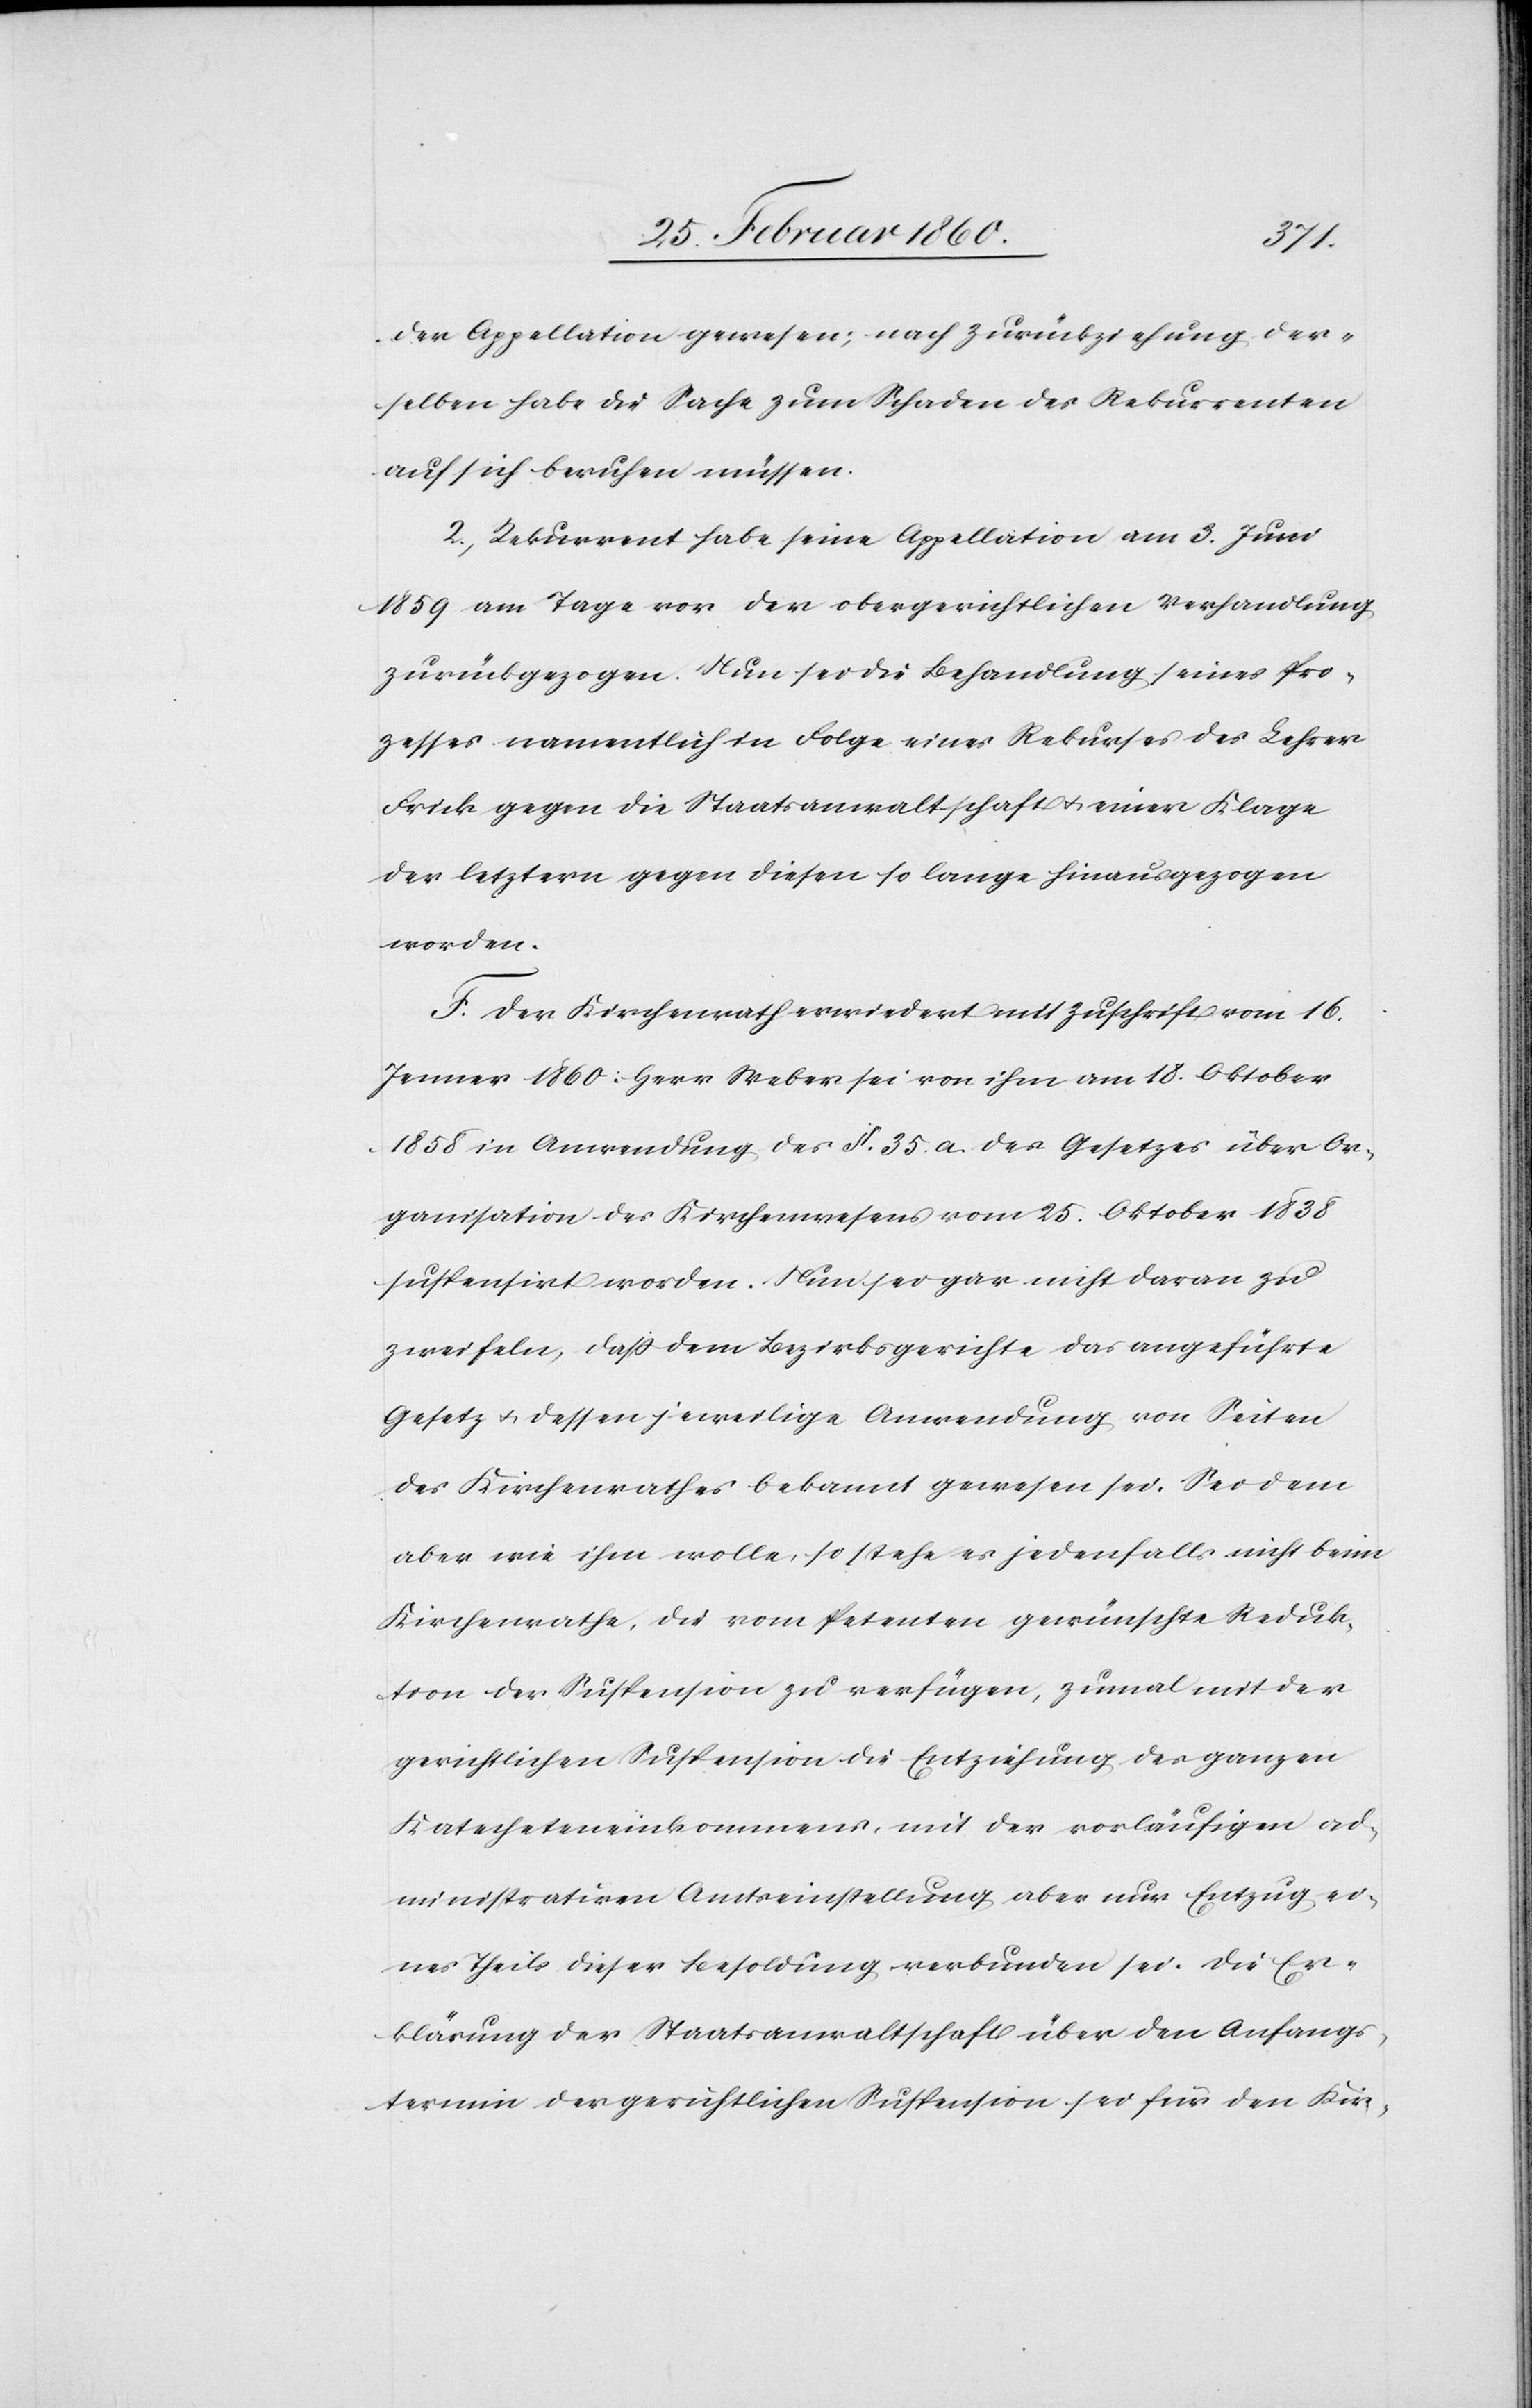
der Appellation gewesen; nach Zurückziehung der¬
selben habe die Sache zum Schaden der Rekurrenten
auf sich beruhen müssen.
2. Rekurrent habe seine Appellation am 3. Juni
1859 am Tage vor der obergerichtlichen Verhandlung
zurückgezogen. Nun sei die Behandlung seines Pro¬
zesses namentlich in Folge eines Rekurses des Lehrer
Frick gegen die Staatsanwaltschaft u. einer Klage
der letztern gegen diesen so lange hinausgezogen
worden.
F. Der Kirchenrath erwiedert mit Zuschrift vom 16.
Jenner 1860: Herr Weber sei von ihm am 18. Oktober
1858 in Anwendung des §. 35. a. des Gesetzes über Or¬
ganisation des Kirchenwesens vom 25. Oktober 1838
suspensirt worden. Nun sei gar nicht daran zu
zweifeln, dass dem Bezirksgerichte das angeführte
Gesetz u. dessen jeweilige Anwendung von Seiten
des Kirchenrathes bekannt gewesen sei. Sei dem
aber wie ihm wolle, so stehe es jedenfalls nicht beim
Kirchenrathe, die vom Petetnen gewünschte Reduk¬
tion der Suspension zu verfügen, zumal mit der
gerichtlichen Suspension die Entziehung des ganzen
Katecheteneinkommens, mit der vorläufigen ad¬
ministrativen Amtseinstellung aber nur Entzug ei¬
nes Theils dieser Besoldung verbunden sei. Die Er¬
klärung der Staatsanwaltschaft über den Anfangs¬
termin der gerichtlichen Suspension sei für den Kir-